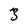
Character: 3